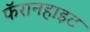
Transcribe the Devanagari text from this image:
फॅरानहाइट